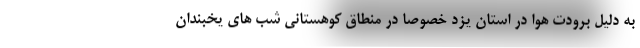
به دلیل برودت هوا در استان یزد خصوصا در منطاق کوهستانی شب های یخبندان